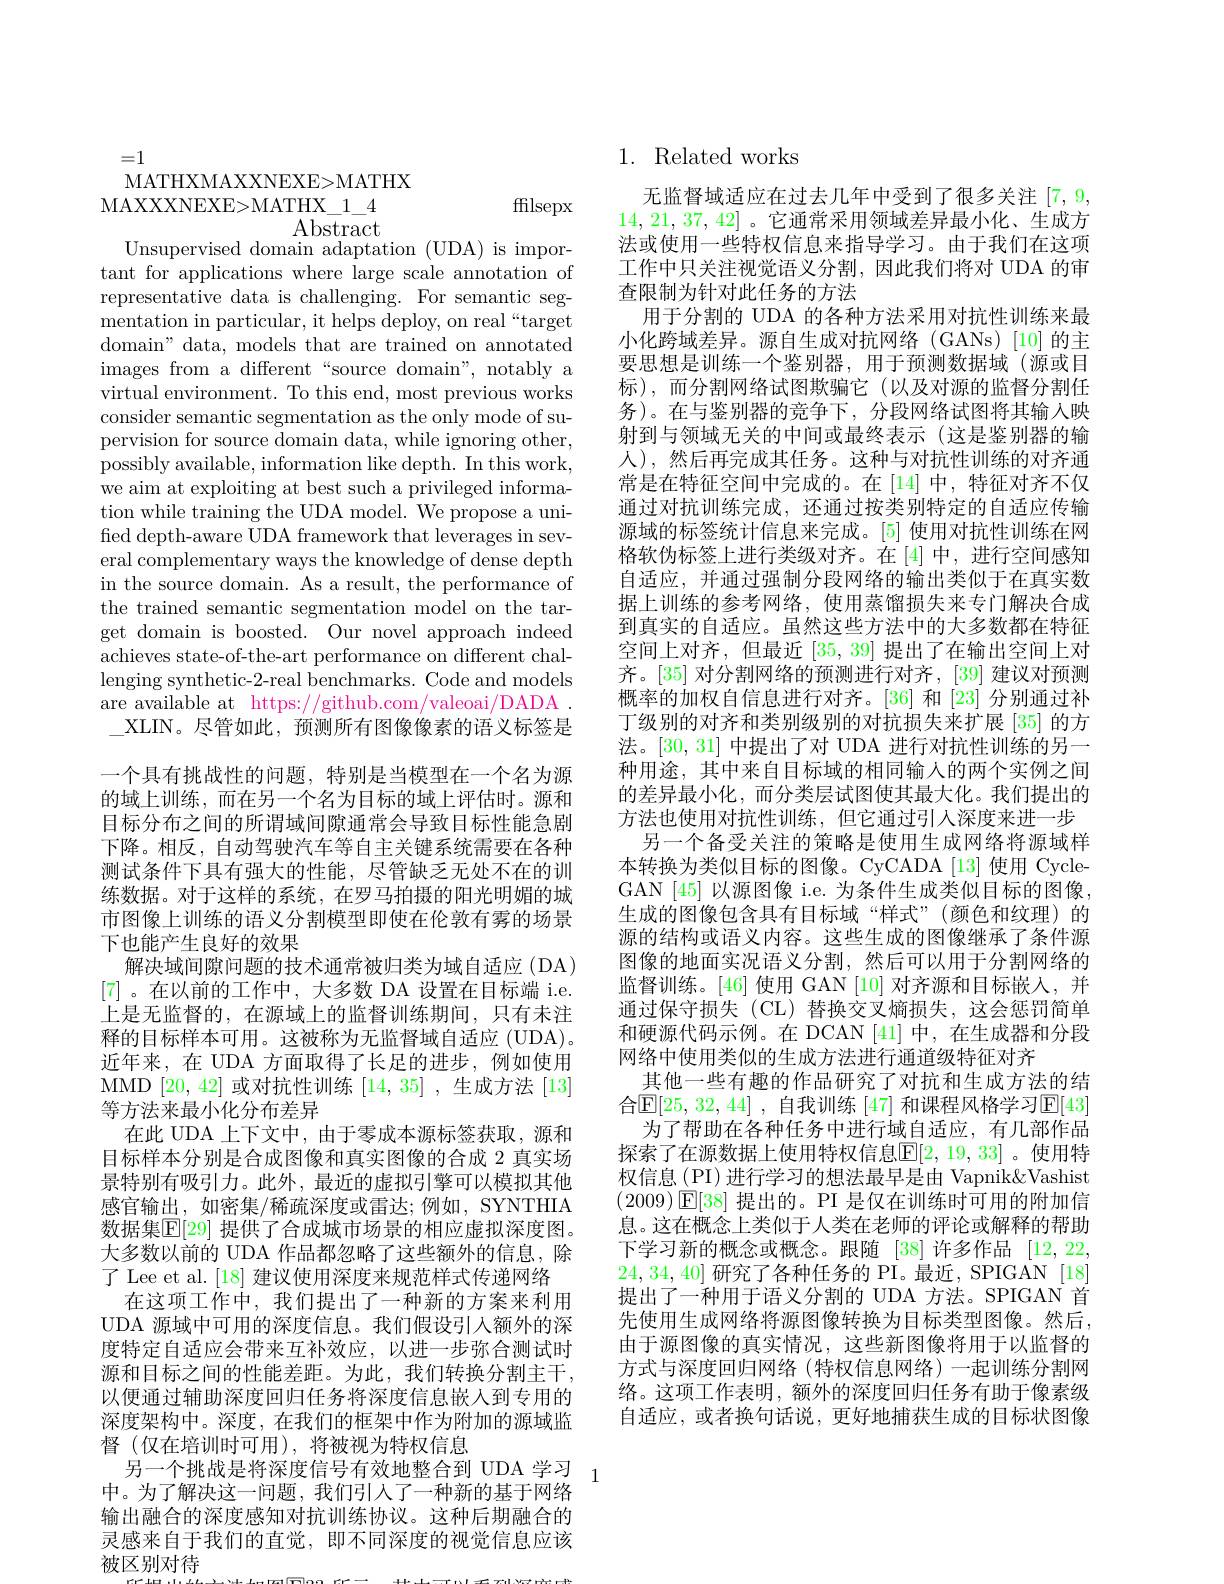
=1
MATHXMAXXNEXE>MATHX
ffilsepx

MAXXXNEXE>MATHX\_1\_4
$\mathop{\mathrm{Abst}}_{\mathrm{act}}$
Unsupervised domain adaptation (UDA) is important for applications where large scale annotation of representative data is challenging. For semantic segmentation in particular, it helps deploy, on real“target domain" data, models that are trained on annotated images from a different“source domain”, notably a virtual environment. To this end, most previous works consider semantic segmentation as the only mode of supervision for source domain data, while ignoring other, possibly available, information like depth. In this work, we aim at exploiting at best such a privileged information while training the UDA model. We propose a unified depth-aware UDA framework that leverages in several complementary ways the knowledge of dense depth in the source domain. As a result, the performance of the trained semantic segmentation model on the target domain is boosted. Our novel approach indeed $\bar{\text{achieves state-of-the-art performance on different chal-}}$ lenging synthetic-2-real benchmarks. Code and models are available at https://github.com/valeoai/DADA \_XLIN。尽管如此，预测所有图像像素的语义标签是一个具有挑战性的问题，特别是当模型在一个名为源的域上训练，而在另一个名为目标的域上评估时。源和目标分布之间的所谓域间隙通常会导致目标性能急剧下降。相反，自动驾驶汽车等自主关键系统需要在各种测试条件下具有强大的性能，尽管缺乏无处不在的训练数据。对于这样的系统，在罗马拍摄的阳光明媚的城市图像上训练的语义分割模型即使在伦敦有雾的场景下也能产生良好的效果
解决域间隙问题的技术通常被归类为域自适应(DA) [7] 。在以前的工作中，大多数 DA 设置在目标端 i.e. 上是无监督的，在源域上的监督训练期间，只有未注释的目标样本可用。这被称为无监督域自适应 (UDA)。近年来，在 UDA 方面取得了长足的进步，例如使用MMD [20,42]或对抗性训练[14,35] ,生成方法[13] 等方法来最小化分布差异
在此 UDA 上下文中，由于零成本源标签获取，源和目标样本分别是合成图像和真实图像的合成 2 真实场景特别有吸引力。此外，最近的虚拟引擎可以模拟其他感官输出，如密集/稀疏深度或雷达；例如，SYNTHIA 数据集$\mathbb{E}[29]$ 提供了合成城市场景的相应虚拟深度图。大多数以前的 UDA 作品都忽略了这些额外的信息，除了 Lee et al. [18] 建议使用深度来规范样式传递网络在这项工作中，我们提出了一种新的方案来利用UDA 源域中可用的深度信息。我们假设引入额外的深度特定自适应会带来互补效应，以进一步弥合测试时源和目标之间的性能差距。为此，我们转换分割主干， 以便通过辅助深度回归任务将深度信息嵌入到专用的深度架构中。深度，在我们的框架中作为附加的源域监督 (仅在培训时可用),将被视为特权信息
另一个挑战是将深度信号有效地整合到 UDA 学习$_{1}$
中。为了解决这一问题，我们引入了一种新的基于网络输出融合的深度感知对抗训练协议。这种后期融合的灵感来自于我们的直觉，即不同深度的视觉信息应该被区别对待

## 1. Related works

无监督域适应在过去几年中受到了很多关注[7,9, 14,21,37,42] 。它通常采用领域差异最小化、生成方法或使用一些特权信息来指导学习。由于我们在这项工作中只关注视觉语义分割，因此我们将对 UDA 的审查限制为针对此任务的方法
用于分割的 UDA 的各种方法采用对抗性训练来最小化跨域差异。源自生成对抗网络(GANs)[10]的主要思想是训练一个鉴别器，用于预测数据域(源或目标),而分割网络试图欺骗它(以及对源的监督分割任务)。在与鉴别器的竞争下，分段网络试图将其输入映射到与领域无关的中间或最终表示(这是鉴别器的输人),然后再完成其任务。这种与对抗性训练的对齐通常是在特征空间中完成的。在[14]中，特征对齐不仅通过对抗训练完成，还通过按类别特定的自适应传输源域的标签统计信息来完成。[5] 使用对抗性训练在网格软伪标签上进行类级对齐。在[4]中，进行空间感知自适应，并通过强制分段网络的输出类似于在真实数据上训练的参考网络，使用蒸馏损失来专门解决合成到真实的自适应。虽然这些方法中的大多数都在特征空间上对齐，但最近[35,39]提出了在输出空间上对齐。[35] 对分割网络的预测进行对齐，[39] 建议对预测概率的加权自信息进行对齐。[36] 和 [23] 分别通过补丁级别的对齐和类别级别的对抗损失来扩展[35] 的方法。[30,31]中提出了对 UDA 进行对抗性训练的另一种用途，其中来自目标域的相同输入的两个实例之间的差异最小化，而分类层试图使其最大化。我们提出的方法也使用对抗性训练，但它通过引人深度来进一步
另一个备受关注的策略是使用生成网络将源域样本转换为类似目标的图像。CyCADA[13]使用 CycleGAN [45] 以源图像 i.e. 为条件生成类似目标的图像生成的图像包含具有目标域“样式”(颜色和纹理)的源的结构或语义内容。这些生成的图像继承了条件源图像的地面实况语义分割，然后可以用于分割网络的监督训练。[46] 使用 GAN [10] 对齐源和目标嵌人，并通过保守损失(CL) 替换交叉熵损失，这会惩罚简单和硬源代码示例。在 DCAN [41] 中，在生成器和分段网络中使用类似的生成方法进行通道级特征对齐
其他一些有趣的作品研究了对抗和生成方法的结合$\mathbb{E}[25,32,44]$ ,自我训练 [47] 和课程风格学习$\mathbb{E}[43]$
为了帮助在各种任务中进行域自适应，有几部作品探索了在源数据上使用特权信息$\mathbb{E}[2,19,33]$。使用特权信息(PI)进行学习的想法最早是由 Vapnik&Vashist $(2009)\boxed{\mathbb{E}}[38]$提出的。PI 是仅在训练时可用的附加信息。这在概念上类似于人类在老师的评论或解释的帮助下学习新的概念或概念。跟随[38]许多作品[12,22, 24,34,40]研究了各种任务的 PI。最近，SPIGAN [18] 提出了一种用于语义分割的 UDA 方法。SPIGAN 首先使用生成网络将源图像转换为目标类型图像。然后， 由于源图像的真实情况，这些新图像将用于以监督的方式与深度回归网络(特权信息网络)一起训练分割网络。这项工作表明，额外的深度回归任务有助于像素级自适应，或者换句话说，更好地捕获生成的目标状图像